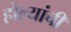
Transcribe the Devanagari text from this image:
होल्यांची